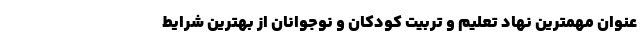
عنوان مهمترین نهاد تعلیم و تربیت کودکان و نوجوانان از بهترین شرایط